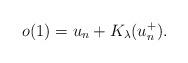
LaTeX: \begin{align*} o(1) = u_n + K_\lambda(u_n^+).\end{align*}